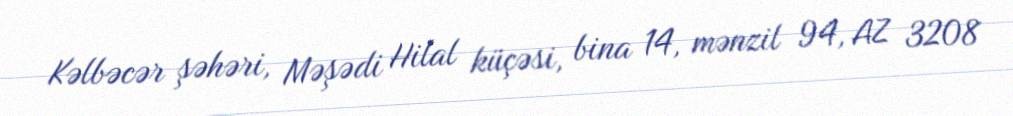
Kəlbəcər şəhəri, Məşədi Hilal küçəsi, bina 14, mənzil 94, AZ 3208